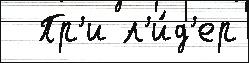
  Пр'и л'и́д'ер